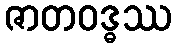
ဇာတဝဒ္ဓဿ